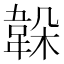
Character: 𩎫